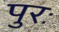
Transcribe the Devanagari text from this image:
पुरः